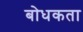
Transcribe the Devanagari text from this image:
बोधकता